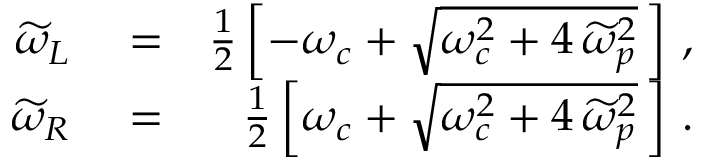
\begin{array} { r l r } { \widetilde { \omega } _ { L } } & { { } = } & { \frac { 1 } { 2 } \left[ - \omega _ { c } + \sqrt { \omega _ { c } ^ { 2 } + 4 \, \widetilde { \omega } _ { p } ^ { 2 } } \, \right] \, , } \\ { \widetilde { \omega } _ { R } } & { { } = } & { \frac { 1 } { 2 } \left[ \omega _ { c } + \sqrt { \omega _ { c } ^ { 2 } + 4 \, \widetilde { \omega } _ { p } ^ { 2 } } \, \right] \, . } \end{array}